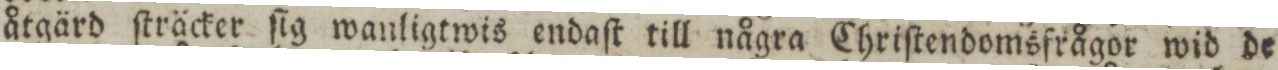
åtgärd ſträcker ſig wanligtwis endaſt till några Chriſtendomsfrågor wid de